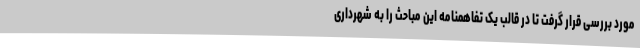
مورد بررسی قرار گرفت تا در قالب یک تفاهمنامه این مباحث را به شهرداری